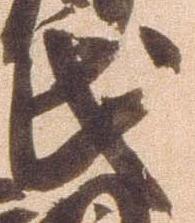
氏